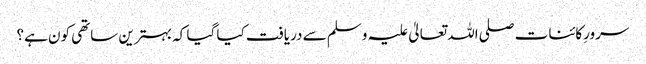
سرورِکائنات صلی اللہ تعالیٰ علیہ وسلم سے دریافت کیا گیا کہ بہترین ساتھی کون ہے؟